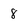
Character: 8